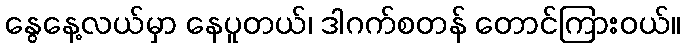
နွေနေ့လယ်မှာ နေပူတယ်၊ ဒါဂက်စတန် တောင်ကြားဝယ်။